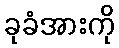
ခုခံအားကို